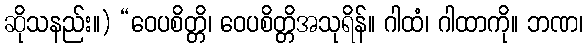
ဆိုသနည်း။) “ဝေပစိတ္တိ၊ ဝေပစိတ္တိအသုရိန်။ ဂါထံ၊ ဂါထာကို။ ဘဏ၊